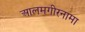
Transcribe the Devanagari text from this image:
आलमगीरनामा